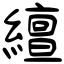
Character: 繵